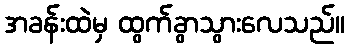
အခန်းထဲမှ ထွက်ခွာသွားလေသည်။